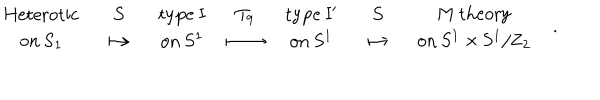
LaTeX: { \begin{array} { c } { { \mathrm { H e t e r o t i c } } } \\ { { \mathrm { o n ~ S _ { 1 } } } } \\ \end{array} } \quad { \begin{array} { c } { { S } } \\ { { \longmapsto } } \\ \end{array} } \quad { \begin{array} { c } { { \mathrm { t y p e ~ I } } } \\ { { \mathrm { o n ~ S ^ { 1 } } } } \\ \end{array} } \quad { \begin{array} { c } { { T _ { 9 } } } \\ { { \longmapsto } } \\ \end{array} } \quad { \begin{array} { c } { { \mathrm { t y p e ~ I ^ { \prime } } } } \\ { { \mathrm { o n ~ S ^ { 1 } } } } \\ \end{array} } \quad { \begin{array} { c } { { S } } \\ { { \longmapsto } } \\ \end{array} } \quad { \begin{array} { c } { { \mathrm { M ~ t h e o r y } } } \\ { { \mathrm { o n ~ S ^ { 1 } \times S ^ { 1 } / Z _ { 2 } } } } \\ \end{array} } \quad .